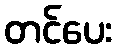
တင်ပေး